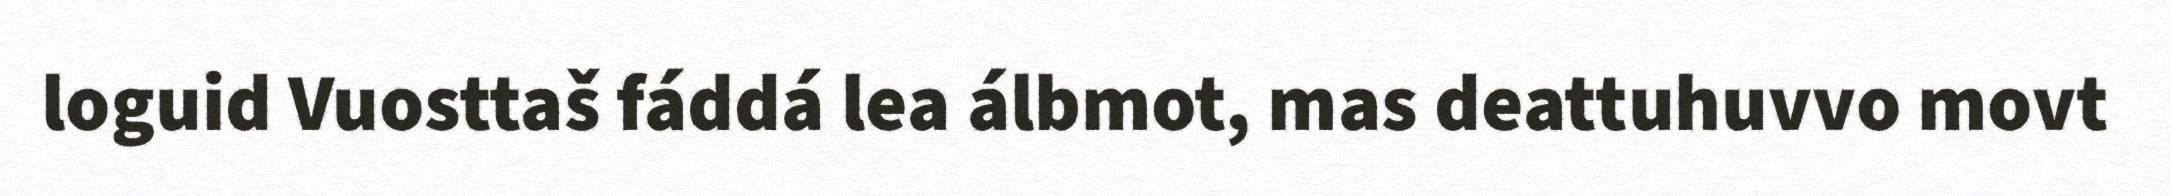
loguid Vuosttaš fáddá lea álbmot, mas deattuhuvvo movt